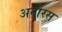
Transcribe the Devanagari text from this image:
अनोरस